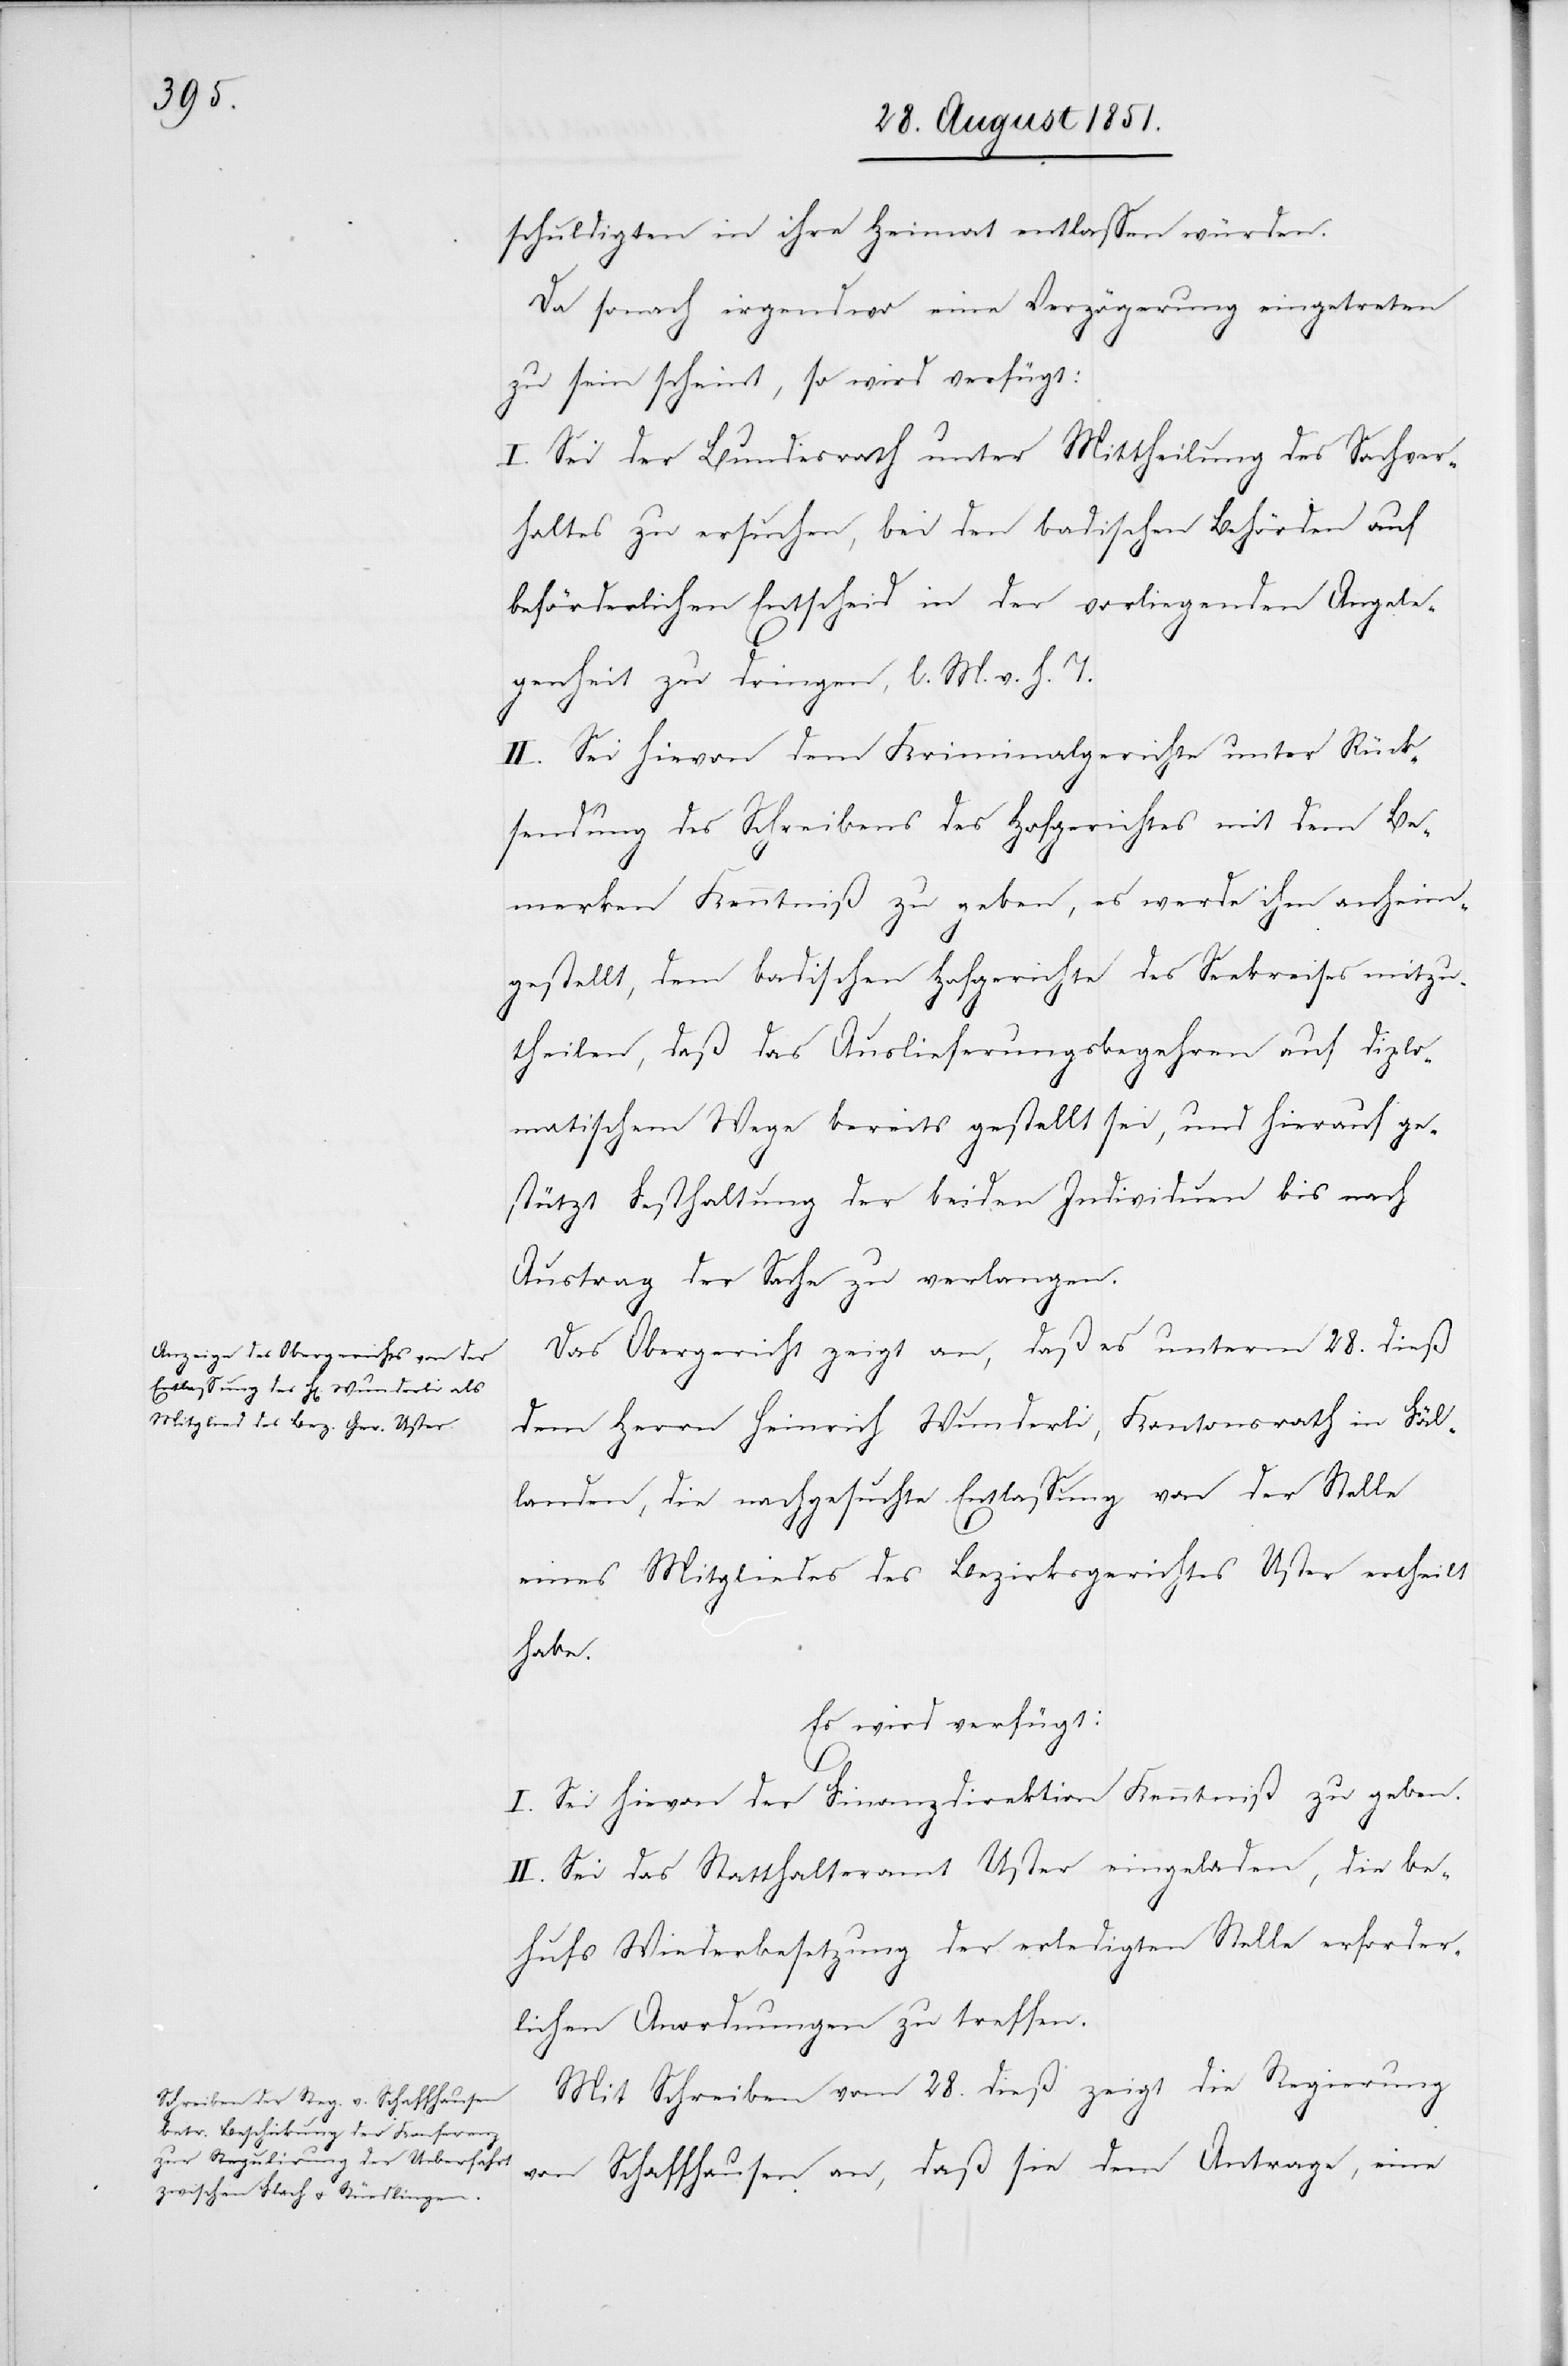
schuldigten in ihre Heimat entlassen würden.
Da sonach irgendwo eine Verzögerung eingetreten
zu sein scheint, so wird verfügt:
I. Sei der Bundesrath unter Mittheilung des Sachver¬
haltes zu ersuchen, bei den badischen Behörden auf
beförderlichen Entscheid in der vorliegenden Angele¬
genheit zu dringen, l. M. v. h. T.
II. Sei hievon dem Kriminalgerichte unter Rück¬
sendung des Schreibens des Hofgerichtes mit dem Be¬
merken Kenntniß zu geben, es werde ihm anheim¬
gestellt, dem badischen Hofgerichte des Seekreises mitzu¬
theilen, daß das Auslieferungsbegehren auf diplo¬
matischem Wege bereits gestellt sei, und hierauf ge¬
stützt Festhaltung der beiden Individuen bis nach
Austrag der Sache zu verlangen.
Das Obergericht zeigt an, daß es unterm 28. dieß
dem Herrn Heinrich Wunderli, Kantonsrath in Fäl¬
landen, die nachgesuchte Entlassung von der Stelle
eines Mitgliedes des Bezirksgerichtes Uster ertheilt
habe.
Es wird verfügt:
I. Sei hievon der Finanzdirektion Kenntniß zu geben.
II. Sei das Statthalteramt Uster eingeladen, die be¬
hufs Wiederbesetzung der erledigten Stelle erforder¬
lichen Anordnungen zu treffen.
Mit Schreiben vom 28. dieß zeigt die Regierung
von Schaffhausen an, daß sie dem Antrage, eine